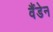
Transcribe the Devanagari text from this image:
वैंडेन